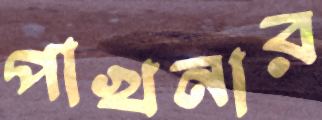
পাখনার